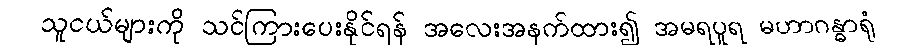
သူငယ်များကို သင်ကြားပေးနိုင်ရန် အလေးအနက်ထား၍ အမရပူရ မဟာဂန္ဓာရုံ